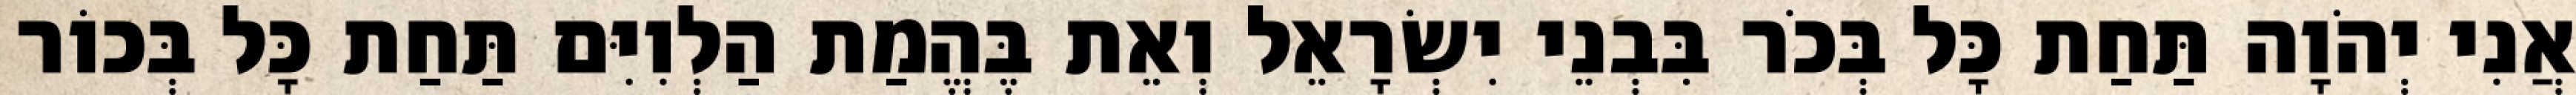
אֲנִי יְהֹוָה תַּחַת כָּל בְּכֹר בִּבְנֵי יִשְׂרָאֵל וְאֵת בֶּהֱמַת הַלְוִיִּם תַּחַת כָּל בְּכוֹר